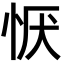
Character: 恹